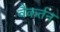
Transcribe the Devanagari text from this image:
वैकर्तन